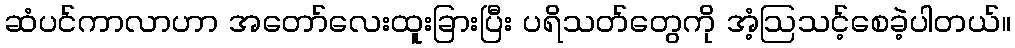
ဆံပင်ကာလာဟာ အတော်လေးထူးခြားပြီး ပရိသတ်တွေကို အံ့ဩသင့်စေခဲ့ပါတယ်။